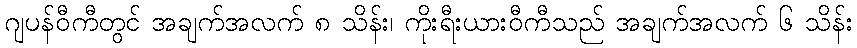
ဂျပန်ဝီကီတွင် အချက်အလက် ၈ သိန်း၊ ကိုးရီးယားဝီကီသည် အချက်အလက် ၆ သိန်း